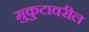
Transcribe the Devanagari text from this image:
मुकुटावरील